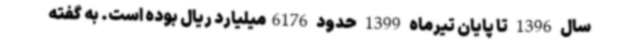
سال 1396 تا پایان تیرماه 1399 حدود 6176میلیارد ریال بوده است. به گفته